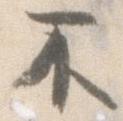
不